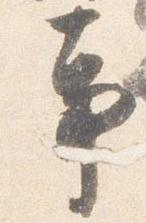
事